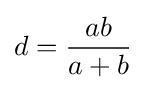
d={\frac {ab}{a+b}}